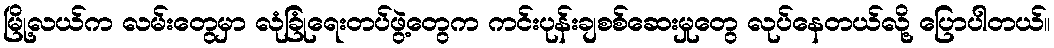
မြို့လယ်က လမ်းတွေမှာ လုံခြုံရေးတပ်ဖွဲ့တွေက ကင်းပုန်းချစစ်ဆေးမှုတွေ လုပ်နေတယ်လို့ ပြောပါတယ်။